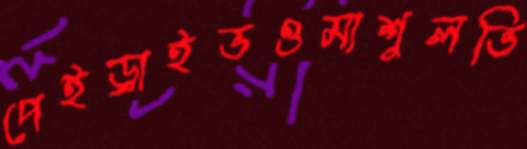
পেইড্রাইভওমাশুলভি